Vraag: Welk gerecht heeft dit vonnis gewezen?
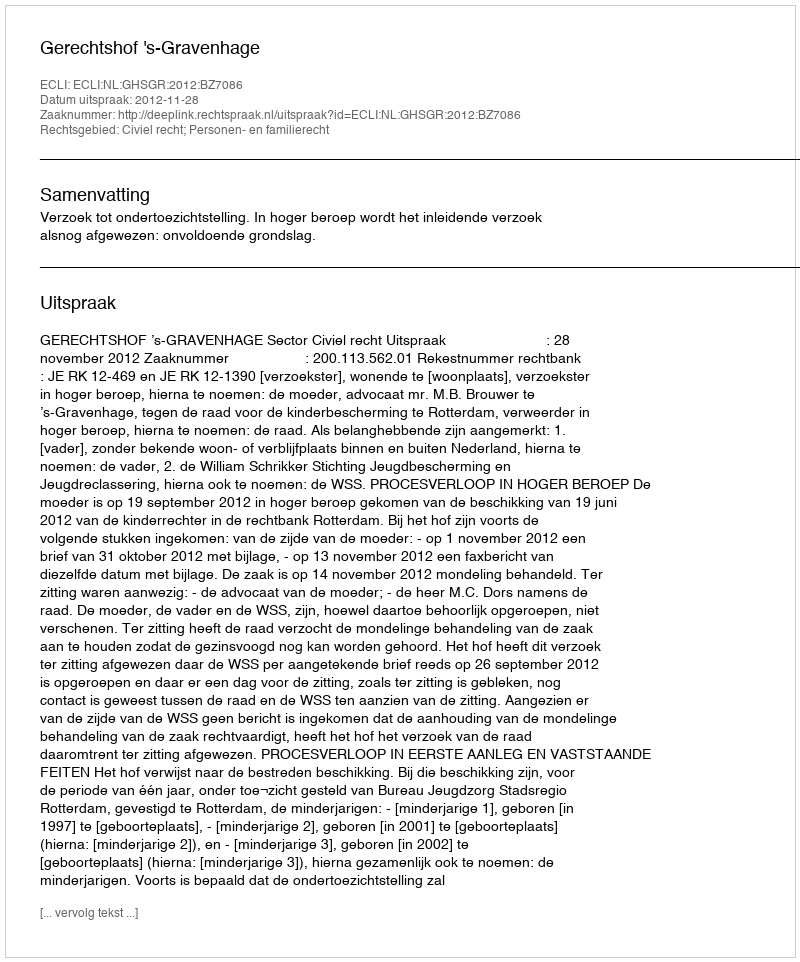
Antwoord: Gerechtshof 's-Gravenhage